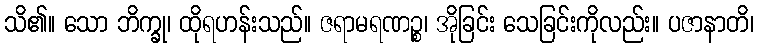
သိ၏။ သော ဘိက္ခု၊ ထိုရဟန်းသည်။ ဇရာမရဏဉ္စ၊ အိုခြင်း သေခြင်းကိုလည်း။ ပဇာနာတိ၊